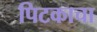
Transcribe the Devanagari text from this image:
पिटकाचा